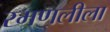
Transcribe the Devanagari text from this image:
रमणलीला